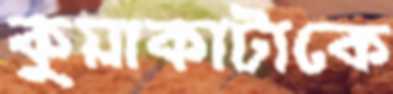
কুয়াকাটাকে